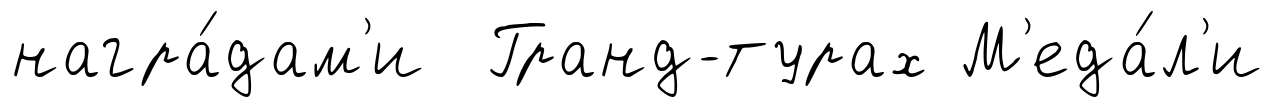
награ́дам'и Гранд-турах М'еда́л'и